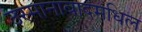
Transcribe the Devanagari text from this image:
उस्मानाबादमधिल